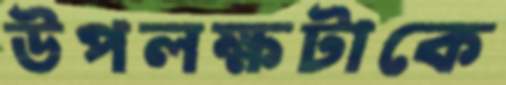
উপলক্ষটাকে